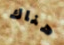
هناك